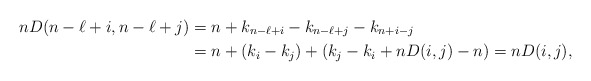
\begin{align*}n D(n-\ell+i, n-\ell+j)&= n+k_{n-\ell+i}-k_{n-\ell+j}-k_{n+i-j}\\ &=n + (k_i-k_j)+(k_j-k_i+nD(i,j)-n)=n D(i,j),\end{align*}